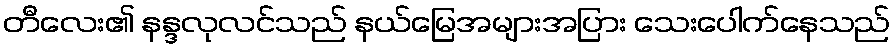
တီလေး၏ နန္ဒလုလင်သည် နယ်မြေအများအပြား သေးပေါက်နေသည်